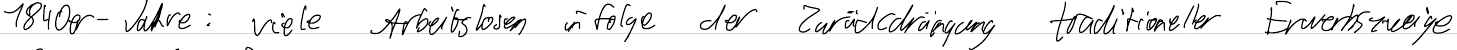
1840er- Jahre: viele Arbeitslosen infolge der Zurückdrängung traditioneller Erwerbszweige